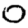
Digit: 0